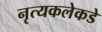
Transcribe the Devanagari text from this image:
नृत्यकलेकडे